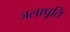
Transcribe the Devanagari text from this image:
जलापूति